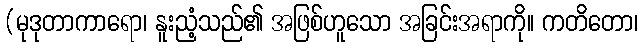
(မုဒုတာကာရော၊ နူးညံ့သည်၏ အဖြစ်ဟူသော အခြင်းအရာကို။ ကတိတော၊